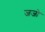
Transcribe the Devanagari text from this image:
जजो